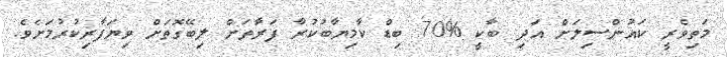
މަތިވެރީ ކައުންސިލަށް އަދި ބާކީ %70 ބިޑް ކާމިޔާބުކުރާ ފަރާތަށް ލިބޭގޮތަށް ވިޔަފާރިކުރުމަށެވެ.